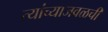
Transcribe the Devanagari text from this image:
त्यांच्याजवळची